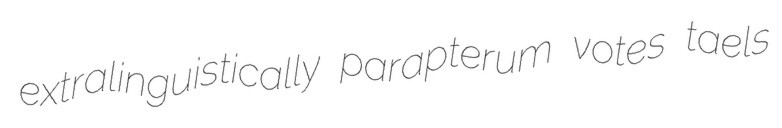
extralinguistically parapterum votes taels